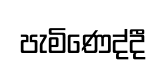
පැමිණෙද්දී